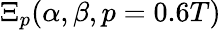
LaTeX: \Xi_{p}(\alpha,\beta,p=0.6T)